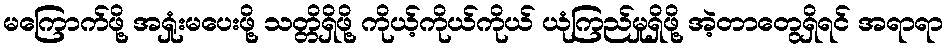
မကြောက်ဖို့ အရှုံးမပေးဖို့ သတ္တိရှိဖို့ ကိုယ့်ကိုယ်ကိုယ် ယုံကြည်မှုရှိဖို့ အဲ့တာတွေရှိရင် အရာရာ